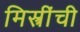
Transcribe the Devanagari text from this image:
मिस्त्रींची